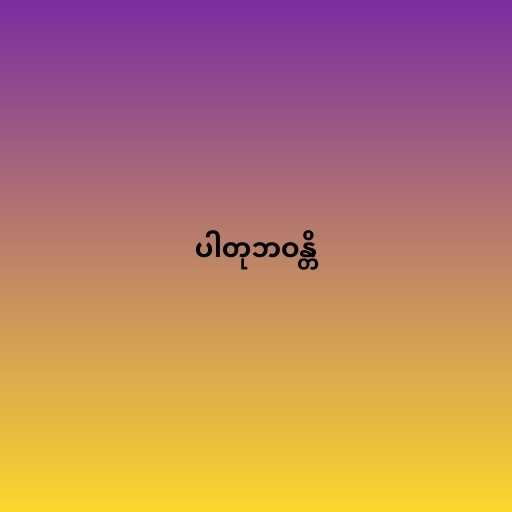
ပါတုဘဝန္တိ